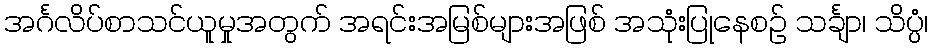
အင်္ဂလိပ်စာသင်ယူမှုအတွက် အရင်းအမြစ်များအဖြစ် အသုံးပြုနေစဉ် သင်္ချာ၊ သိပ္ပံ၊